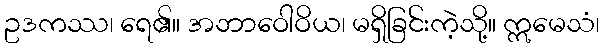
ဥဒကဿ၊ ရေ၏။ အဘာဝေါဝိယ၊ မရှိခြင်းကဲ့သို့။ ဣမေသံ၊